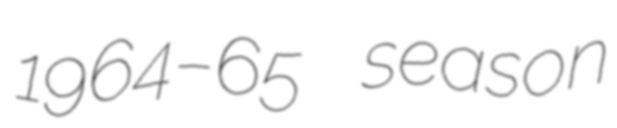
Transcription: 1964–65 season